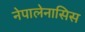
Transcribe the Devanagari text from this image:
नेपालेनासिस